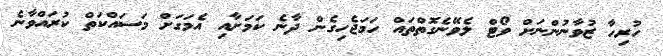
ހުރިހާ ޒުވާނުންނަށް ވޯޓް ލެވޭނެގޮތްތައް ހަމަޖެހިގެން ދާނެ ކަމަށާއި އެމަގަށް މަސައްކަތް ކުރައްވާނެ